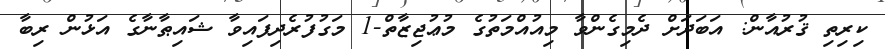
ކިރިތި ޤުރުއާން: އަބަދަށް ދެމިގެންވާ މިއުއްމަތުގެ މުޢުޖިޒާތް-1 މަގުފުރެދިފައިވާ ޝައިޠާނާގެ އަޅުން ރިބާ